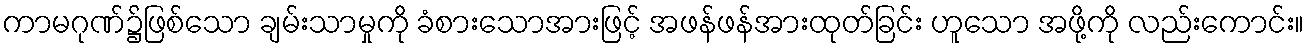
ကာမဂုဏ်၌ဖြစ်သော ချမ်းသာမှုကို ခံစားသောအားဖြင့် အဖန်ဖန်အားထုတ်ခြင်း ဟူသော အဖို့ကို လည်းကောင်း။